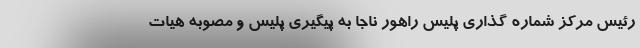
رئیس مرکز شماره گذاری پلیس راهور ناجا به پیگیری پلیس و مصوبه هیات